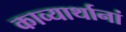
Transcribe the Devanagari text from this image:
काव्यार्थानां